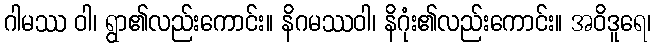
ဂါမဿ ဝါ၊ ရွာ၏လည်းကောင်း။ နိဂမဿဝါ၊ နိဂုံး၏လည်းကောင်း။ အဝိဒူရေ၊